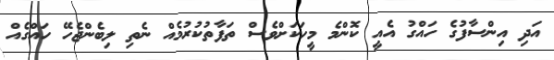
އަދި އިންސާފުގެ ހައްގު އެއީ ކޮންމެ މީހަކަށްވެސް ތަފާތުކުރުމެއް ނެތި ލިބެންޖެހޭ ހައްގެއް